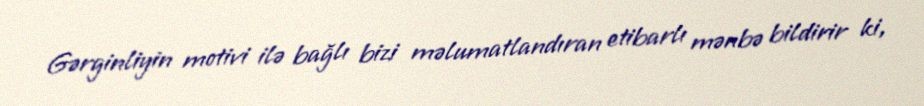
Gərginliyin motivi ilə bağlı bizi məlumatlandıran etibarlı mənbə bildirir ki,